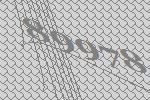
89978